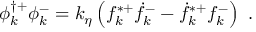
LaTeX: \phi _ { k } ^ { \dag + } \phi _ { k } ^ { - } = k _ { \eta } \left( f _ { k } ^ { \ast + } \dot { f } _ { k } ^ { - } - \dot { f } _ { k } ^ { \ast + } { f } _ { k } ^ { - } \right) ~ .